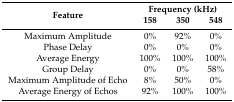
<table><thead><tr><td rowspan="2"><b>Feature</b></td><td colspan="3"><b>Frequency (kHz)</b></td></tr><tr><td><b>158</b></td><td><b>350</b></td><td><b>548</b></td></tr></thead><tbody><tr><td>Maximum Amplitude</td><td>0%</td><td>92%</td><td>0%</td></tr><tr><td>Phase Delay</td><td>0%</td><td>0%</td><td>0%</td></tr><tr><td>Average Energy</td><td>100%</td><td>100%</td><td>100%</td></tr><tr><td>Group Delay</td><td>0%</td><td>0%</td><td>58%</td></tr><tr><td>Maximum Amplitude of Echo</td><td>8%</td><td>50%</td><td>0%</td></tr><tr><td>Average Energy of Echos</td><td>92%</td><td>100%</td><td>100%</td></tr></tbody></table>